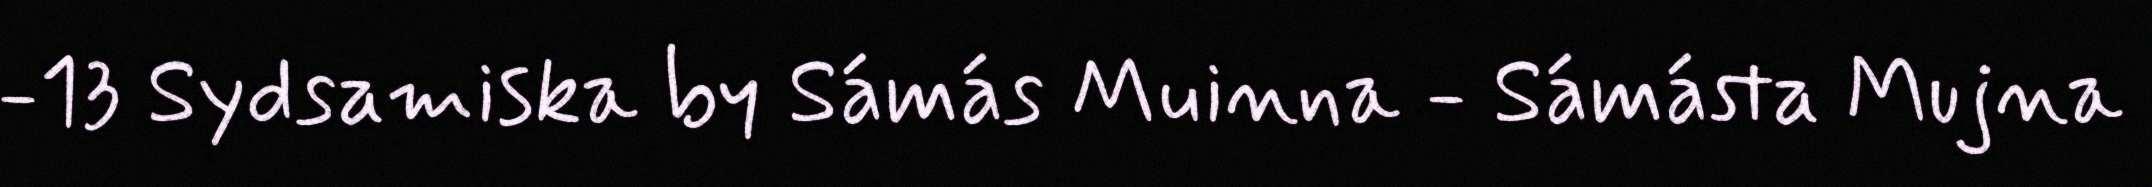
-13 Sydsamiska by Sámás Muinna - Sámásta Mujna